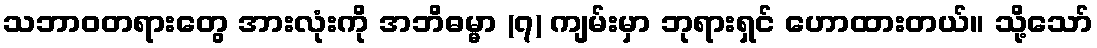
သဘာဝတရားတွေ အားလုံးကို အဘိဓမ္မာ (၇) ကျမ်းမှာ ဘုရားရှင် ဟောထားတယ်။ သို့သော်